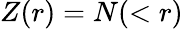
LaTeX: Z(r)=N(<r)